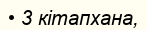
• 3 кітапхана,